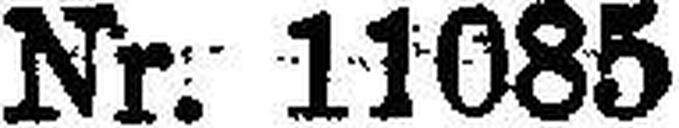
Nr. 11085